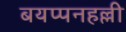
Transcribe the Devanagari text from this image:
बयप्पनहल्ली